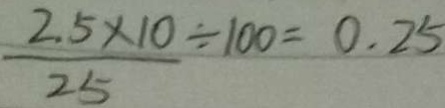
\frac { 2 . 5 \times 1 0 } { 2 5 } \div 1 0 0 = 0 . 2 5